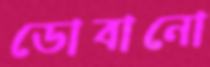
ডোবানো